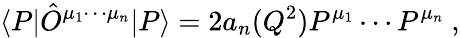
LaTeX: \langle P|\hat{O}^{\mu_{1}\cdots\mu_{n}}|P\rangle=2a_{n}(Q^{2})P^{\mu_{1}}\cdots P^{\mu_{n}}\ ,